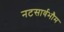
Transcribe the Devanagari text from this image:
नटसार्वभौम